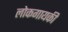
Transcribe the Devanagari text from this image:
लोकगायकी